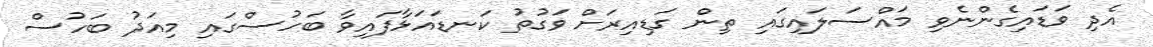
އެދި ވަޑައިގެންނެވި މައްސަލައިގައި ތިން ގަޑިއިރަށް ވަގުތު ކަނޑައަޅާފައިވާ ބަހުސްގައި މިއަދު ބަހުސް